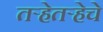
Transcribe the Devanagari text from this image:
तऱ्हेतऱ्हेचे